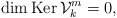
\begin{align*} \dim\operatorname{Ker}\mathcal V_k^m&=0, \end{align*}